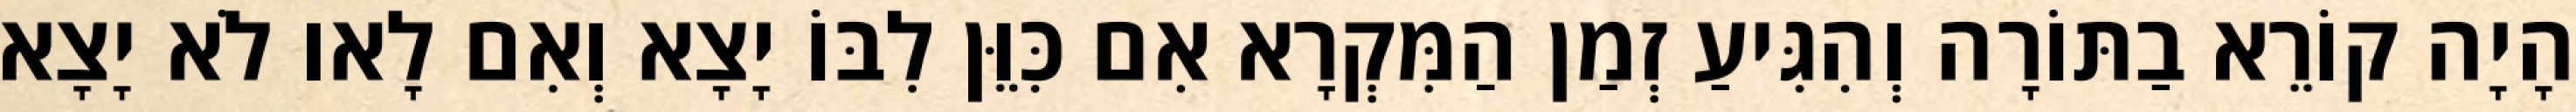
הָיָה קוֹרֵא בַתּוֹרָה וְהִגִּיעַ זְמַן הַמִּקְרָא אִם כִּוֵּן לִבּוֹ יָצָא וְאִם לָאו לֹא יָצָא